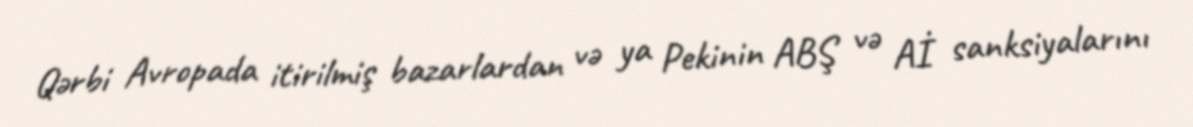
Qərbi Avropada itirilmiş bazarlardan və ya Pekinin ABŞ və Aİ sanksiyalarını